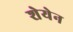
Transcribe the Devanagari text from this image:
शेयेन